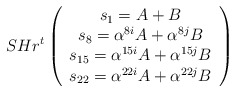
\begin{align*}SHr^{t}\left( \begin{array}{c}s_{1}=A+B \\ s_{8}=\alpha ^{8i}A+\alpha ^{8j}B \\ s_{15}=\alpha ^{15i}A+\alpha ^{15j}B \\ s_{22}=\alpha ^{22i}A+\alpha ^{22j}B\end{array}\right) \end{align*}